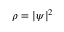
\rho = | \psi | ^ { 2 }